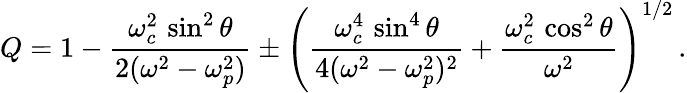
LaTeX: Q=1-\frac{\omega_{c}^{2}\, \sin^{2}\theta}{2(\omega^{2}-\omega_{p}^{2})}\pm\left(\frac{\omega_{c}^{4}\, \sin^{4}\theta}{4(\omega^{2}-\omega_{p}^{2})^{2}}+\frac{\omega_{c}^{2}\, \cos^{2}\theta}{\omega^{2}}\right)^{1/2}\, .